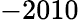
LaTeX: -2010